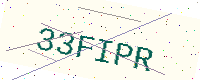
Text: 33FIPR